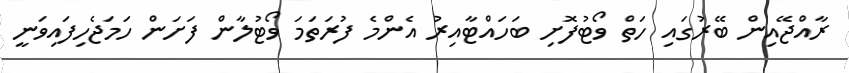
ރާއްޖޭއިން ބޭރުގައި ހަތް ވޯޓުފޮށި ބަހައްޓާއިރު އެންމެ ފުރަތަމަ ވޯޓުލާން ފަށަން ހަމަޖެހިފައިވަނީ